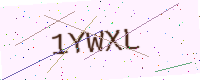
Text: 1YWXL